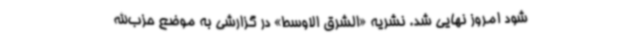
شود امروز نهایی شد. نشریه «الشرق الاوسط» در گزارشی به موضع حزب‌الله